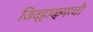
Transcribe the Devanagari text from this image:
जिव्हाळ्याची